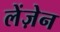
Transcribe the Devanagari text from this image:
लेंज़ेन